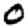
Digit: 0